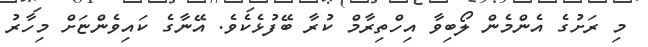
މި ރަށުގެ އެންމެން ލޯބިވާ އިހްތިރާމް ކުރާ ބޭފުޅެކެވެ. އޭނާގެ ކައިވެންޏަށް މިހާރު